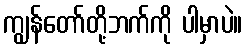
ကျွန်တော်တို့ဘက်ကို ပါမှာပဲ။